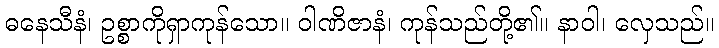
ဓနေသီနံ၊ ဥစ္စာကိုရှာကုန်သော။ ဝါဏိဇာနံ၊ ကုန်သည်တို့၏။ နာဝါ၊ လှေသည်။